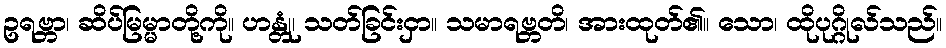
ဥရဗ္ဘာ၊ ဆိပ်မြမ္မာတို့ကို။ ဟန္တုံ၊ သတ်ခြင်းငှာ။ သမာရဗ္ဘတိ၊ အားထုတ်၏။ သော၊ ထိုပုဂ္ဂိုလ်သည်။